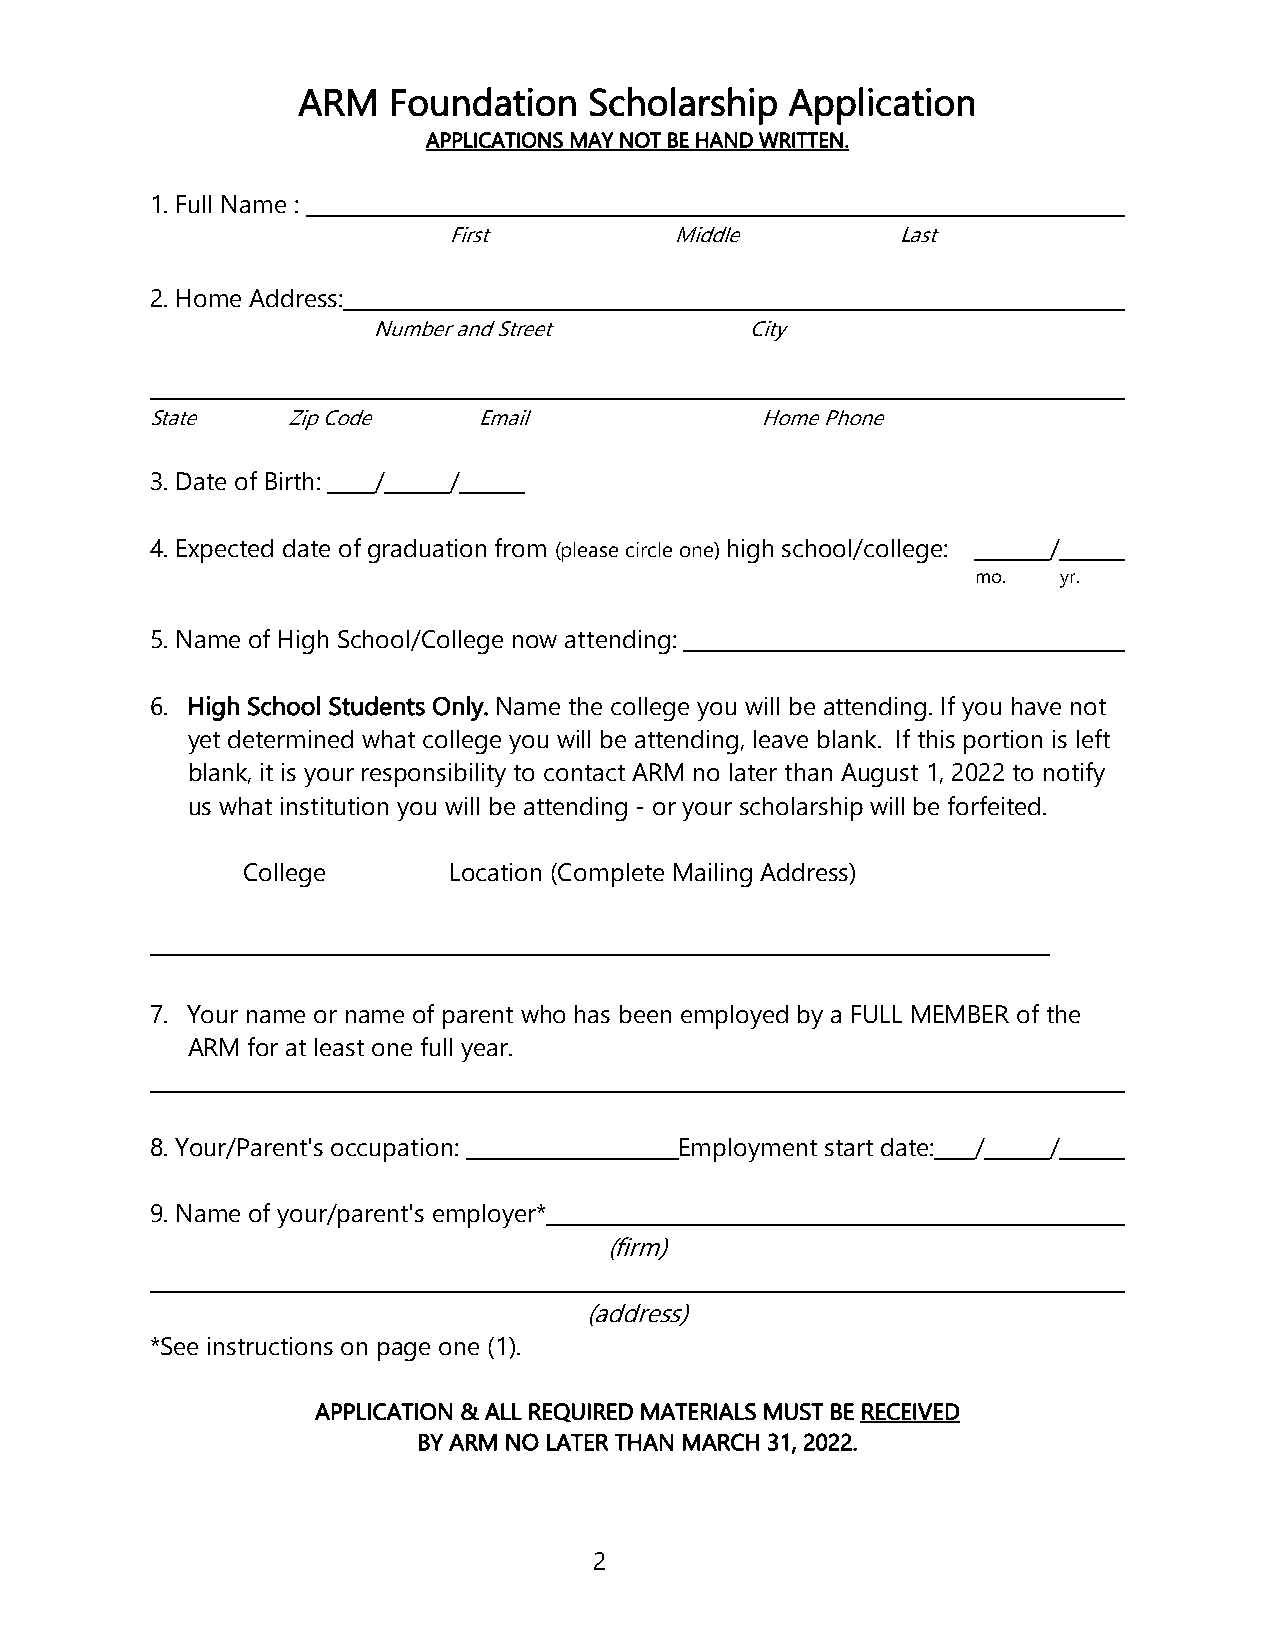
ARM   Foundation   Scholarship  Application
 APPLICATIONS MAY NOT BE HAND WRITTEN.
 1. Full Name :
 First          Middle        Last
 2. Home Address:
 Number and Street        City
 State    Zip Code     Email             Home Phone
 3. Date of Birth: / /
 4. Expected date of graduation from (please circle one) high school/college: /
 mo.  yr.
 5. Name of High School/College now attending:
 6. High School Students Only. Name the college you will be attending. If you have not
 yet determined what college you will be attending, leave blank. If this portion is left
 blank, it is your responsibility to contact ARM no later than August 1, 2022 to notify
 us what institution you will be attending - or your scholarship will be forfeited.
 College       Location (Complete Mailing Address)
 7. Your name or name of parent who has been employed by a FULL MEMBER of the
 ARM for at least one full year.
 8. Your/Parent's occupation:       Employment start date: / /
 9. Name of your/parent's employer*
 (firm)
 (address)
 *See instructions on page one (1).
 APPLICATION & ALL REQUIRED MATERIALS MUST BE RECEIVED
 BY ARM NO LATER THAN MARCH 31, 2022.
 2